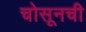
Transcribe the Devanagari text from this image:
चोसूनची